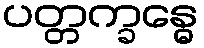
ပတ္တက္ခန္ဓေ